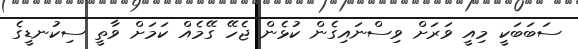
ސަބަބަކީ މިއީ ވަރަށް ވިސްނައިގެން ކުޅެން ޖެހޭ ގޭމެއް ކަމަށް ވާތީ ސިކުނޑީގެ